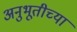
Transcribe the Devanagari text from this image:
अनुभूतीच्या